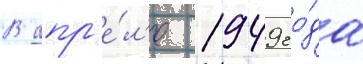
В апр'е́л'е 1949 го́да